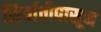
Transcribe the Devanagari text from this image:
निर्यातीपासून